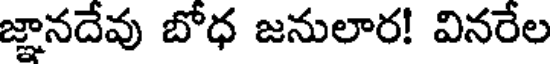
జ్ఞానదేవు బోధ జనులార! వినరేల